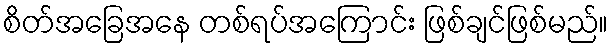
စိတ်အခြေအနေ တစ်ရပ်အကြောင်း ဖြစ်ချင်ဖြစ်မည်။